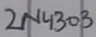
Text: 2N4303